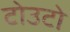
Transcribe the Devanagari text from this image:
टोउटो